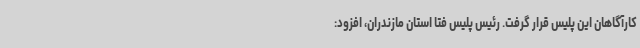
کارآگاهان این پلیس قرار گرفت. رئیس پلیس فتا استان مازندران، افزود: